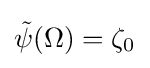
{\tilde {\psi }}(\Omega )=\zeta _{0}